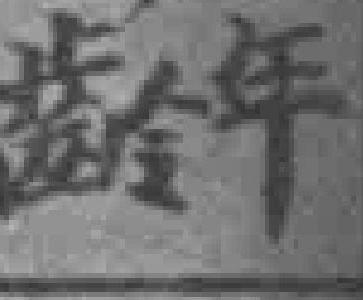
齢年